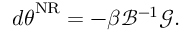
d { \boldsymbol { \theta } } ^ { \mathrm { N R } } = - \beta \mathcal { B } ^ { - 1 } \boldsymbol { \mathcal { G } } .